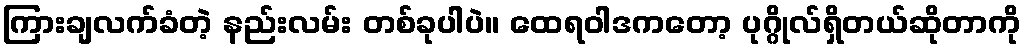
ကြားချလက်ခံတဲ့ နည်းလမ်း တစ်ခုပါပဲ။ ထေရဝါဒကတော့ ပုဂ္ဂိုလ်ရှိတယ်ဆိုတာကို